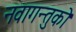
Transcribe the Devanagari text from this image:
नवागन्तुको